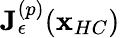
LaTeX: \mathbf{J}_{\epsilon}^{(p)}(\mathbf{x}_{HC})